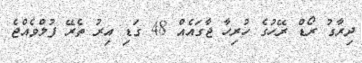
ދިރާގު ރޯޑް ރޭހުގެ ހުރިހާ ޖާގައެއް 48 ގަޑި އިރު ތެރޭ ފުލްވެއްޖެ